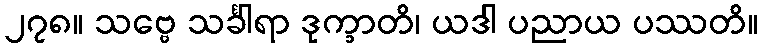
၂၇၈။ သဗ္ဗေ သင်္ခါရာ ဒုက္ခာတိ၊ ယဒါ ပညာယ ပဿတိ။